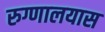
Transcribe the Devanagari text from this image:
रुग्णालयास